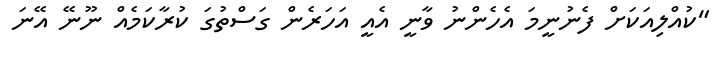
"ކުއްލިއަކަށް ފެނުނީމަ އެހެންނު ވާނީ އެއީ އަހަރެން ގަސްތުގަ ކުރާކަމެއް ނޫނޭ އޭނަ